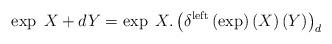
LaTeX: \begin{align*}\exp\;X+dY=\exp\;X.\left( \delta^{\mathrm{left}}\left( \exp\right) \left(X\right) \left( Y\right) \right) _{d}\end{align*}